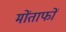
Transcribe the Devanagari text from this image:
मोंताफों